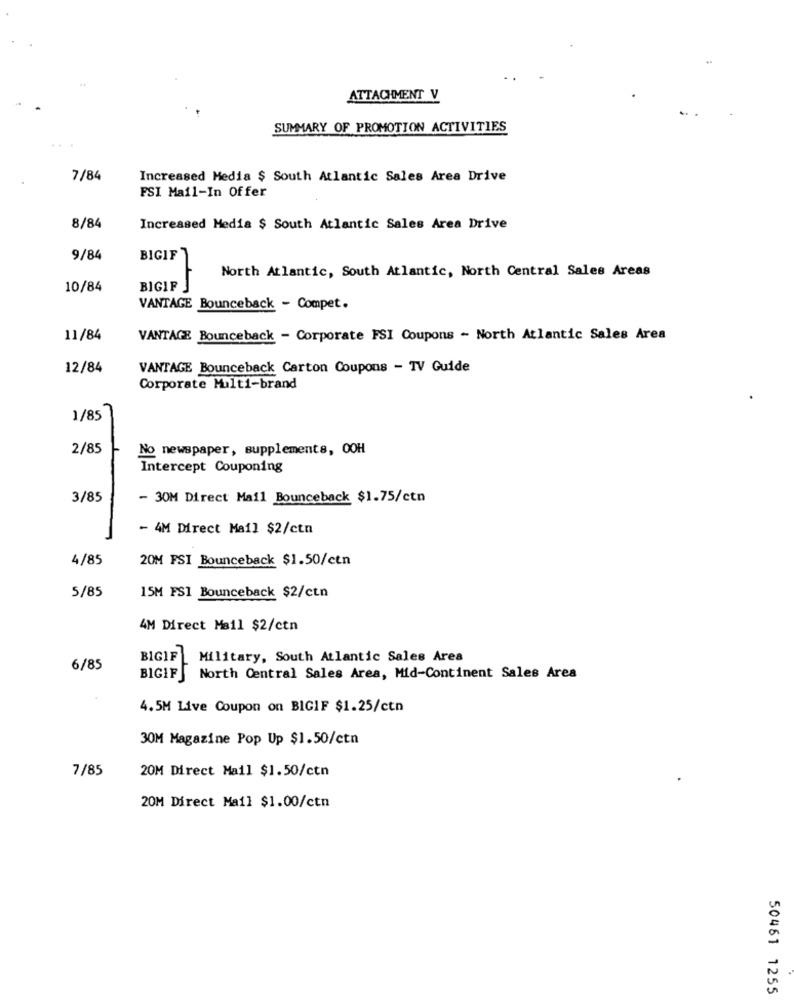
ATTACHMENT V
SUMMARY OF PROMOTION ACTIVITIES
7/84
Increased Media $ South Atlantic Sales Area Drive
FSI Mail-In Offer
8/84
Increased Media $ South Atlantic Sales Area Drive
9/84
BIGIF
North Atlantic, South Atlantic, North Central Sales Areas
10/84
BIGIF
VANTAGE Bounceback - Compet.
11/84
VANTAGE Bounceback - Corporate FSI Coupons - North Atlantic Sales Area
12/84
VANTAGE Bounceback Carton Coupons - TV Guide
Corporate Multi-brand
1/85
2/85
No newspaper, supplements, OOH
Intercept Couponing
3/85
- 30M Direct Mail Bounceback $1.75/ctn
- 4M Direct Mail $2/ctn
4/85
20M FSI Bounceback $1.50/ctn
5/85
15M FS1 Bounceback $2/ctn
4M Direct Mail $2/ctn
BIGIF | Military, South Atlantic Sales Area
6/85
BIGIF North Central Sales Area, Mid-Continent Sales Area
4.5M Live Coupon on BIGIF $1.25/ctn
30M Magazine Pop Up $1.50/ctn
7/85
20M Direct Mail $1.50/ctn
20M Direct Mail $1.00/ctn
50461 1255